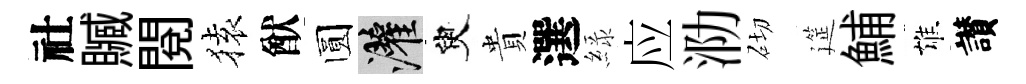
社贓閲𫞤猷圆灌臾貴選緑应泐砌筵鯆雄讃